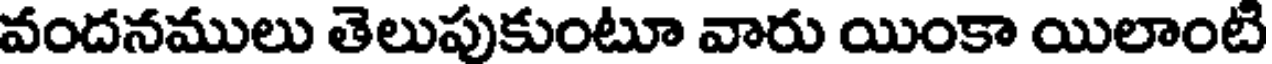
వందనములు తెలుపుకుంటూ వారు యింకా యిలాంటి